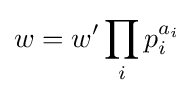
w=w'\prod _{i}p_{i}^{a_{i}}